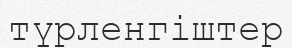
түрленгіштер